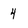
Character: 4